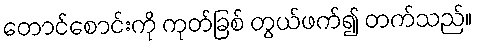
တောင်စောင်းကို ကုတ်ခြစ် တွယ်ဖက်၍ တက်သည်။